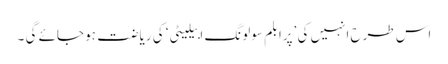
اس طرح انہیں کی ’پرابلم سولونگ ابیلیٹی‘ کی ریاضت ہو جائے گی ۔